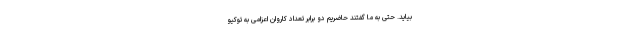
بیاید. حتی به ما گفتند حاضریم دو برابر تعداد کاروان اعزامی به توکیو